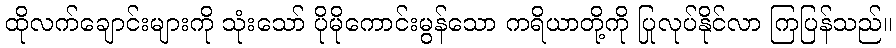
ထိုလက်ချောင်းများကို သုံးသော် ပိုမိုကောင်းမွန်သော ကရိယာတို့ကို ပြုလုပ်နိုင်လာ ကြပြန်သည်။